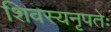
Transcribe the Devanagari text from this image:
शिवस्यनृपतेः